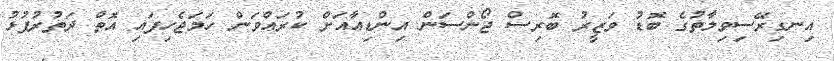
އިނގިރޭސިވިލާތުގެ ބޮޑު ވަޒީރު ބޮރިސް ޖޯންސަން އިންޑިއާއަށް ކުރައްވަން ހަމަޖެހިފައި އޮތް ދަތުރުފުޅު